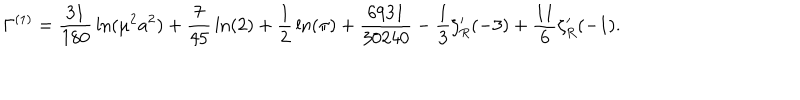
LaTeX: \Gamma ^ { ( 1 ) } = { \frac { 3 1 } { 1 8 0 } } \ln ( \mu ^ { 2 } a ^ { 2 } ) + { \frac { 7 } { 4 5 } } \ln ( 2 ) + { \frac { 1 } { 2 } } \ln ( \pi ) + { \frac { 6 9 3 1 } { 3 0 2 4 0 } } - { \frac { 1 } { 3 } } \zeta _ { R } ^ { \prime } ( - 3 ) + { \frac { 1 1 } { 6 } } \zeta _ { R } ^ { \prime } ( - 1 ) .